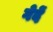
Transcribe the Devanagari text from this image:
गेदें